Code of medical and sanitary regulations for the guidance of medical officers serving in the Madras Presidency - Volume II
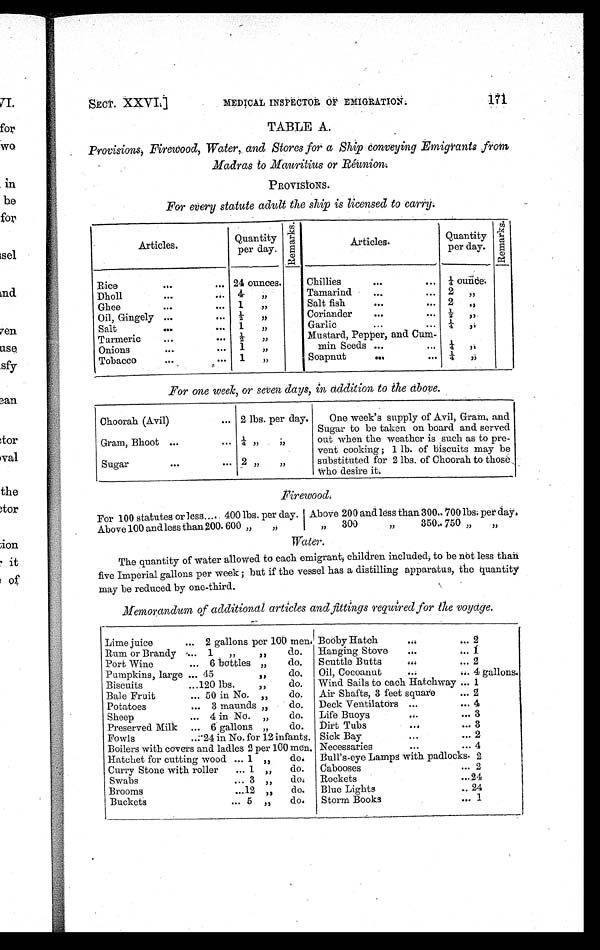
SECT. XXVI.]
MEDICAL INSPECTOR OF EMIGRATION.
171
TABLE A.
Provisions, Firewood, Water, and Stores for a Ship conveying Emigrants from
Madras to Mauritius or Réunion.
PROVISIONS.
For every statute adult the ship is licensed to carry.
Articles.
Quantity
per day.
Remar ks.
Articles.
Quantity
per day.
R e m a r k s .
Rice
...
... 24 ounces.
Chillies
...
... ¼ ounce.
Dholl
...
... 4 „
Tamarind
...
... 2
„
Ghee
...
... 1
„
Salt fish
...
... 2 ,,
Oil, Gingely ... ...
½
„
Coriander
......
½
„
Salt
...
... 1
„
Garlic......
¼
„
Turmeric
...
... ½
„
Mustard, Pepper, and Cum-
Onions
...
... 1
„
min Seeds ...
... ¼
„
Tobacco
...
1
„
Soapnut...
. . . ¼
„
For one week, or seven days, in addition to the above.
Choorah (Avil)
... 2 lbs. per day.
One week's supply of Avil, Gram, and
Sugar to be taken on board and served
out when the weather is such as to pre-
vent cooking ; 1 lb. of biscuits may be
substituted for 2 lbs. of Choorah to those
Who desire it.
Gram, Bhoot ...
... ¼
„ „
Sugar
...
... 2 ,,
„
Firewood.
For 100 statutes or less..... 400 lbs. per day Above 200 and less than 300.. 700 lbs.per day.
Above 100 and less than 200.600 „
,,
„ 300
„
350.. 750 „
„
Water.
The quantity of Water allowed to each emigrant; children included; to be not less than
five Imperial gallons per week ; but if the vessel has a distilling apparatus, the quantity
may be reduced by one-third.
Memorandum of additional articles and fittings required for the voyaqe.
Lime juice
... 2 gallons per 100 men. Bobby Hatch
...
... 2
Rum or Brandy ... 1 „
„
do. Hanging Stove
...
... 1
Port Wine
... 6 bottles „
do. Scuttle Butts
...
... 2
Pumpkins, large ... 45
„
do. Oil, Cocoanut
...
... 4 gallons.
Biscuits
...120 lbs
„
do. Wind Sails to each Hatchway ... 1
Bale Fruit
... 50 in No. „
do. Air Shafts, 3 feet square
... 2
Potatoes
... 3 maunds „
do. Deck Ventilators ...
... 4
Sheep
... 4 in No. „
do. Life Buoys
...
... 3
Preserved Milk ... 6 gallons „
do. Dirt Tubs
...
... 3
Fowls
... 24 in No. for 12 infants. Sick Bay
...
... 2
Boilers with covers and ladles 2 per 100 men. Necessaries
...
... 4
Hatchet for cutting wood ... 1 „ do. Bull's-eye Lamps with padlocks. 2
Curry Stone with roller ... 1 „ do. Cabooses
... 2
Swabs
... 3 „ do.
Rockets
... 24
Brooms
... 12 „ do. Blue Lights
.. 24
Buckets
... 5 „ do.
Storm Books... 1